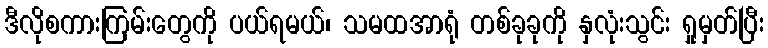
ဒီလိုစကားကြမ်းတွေကို ပယ်ရမယ်၊ သမထအာရုံ တစ်ခုခုကို နှလုံးသွင်း ရှုမှတ်ပြီး